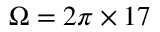
\Omega = 2 \pi \times 1 7